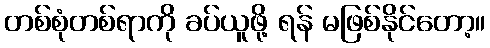
တစ်စုံတစ်ရာကို ခပ်ယူဖို့ ရန် မဖြစ်နိုင်တော့။